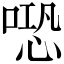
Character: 𠺱